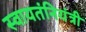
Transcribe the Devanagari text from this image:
स्वायतंनियंत्री